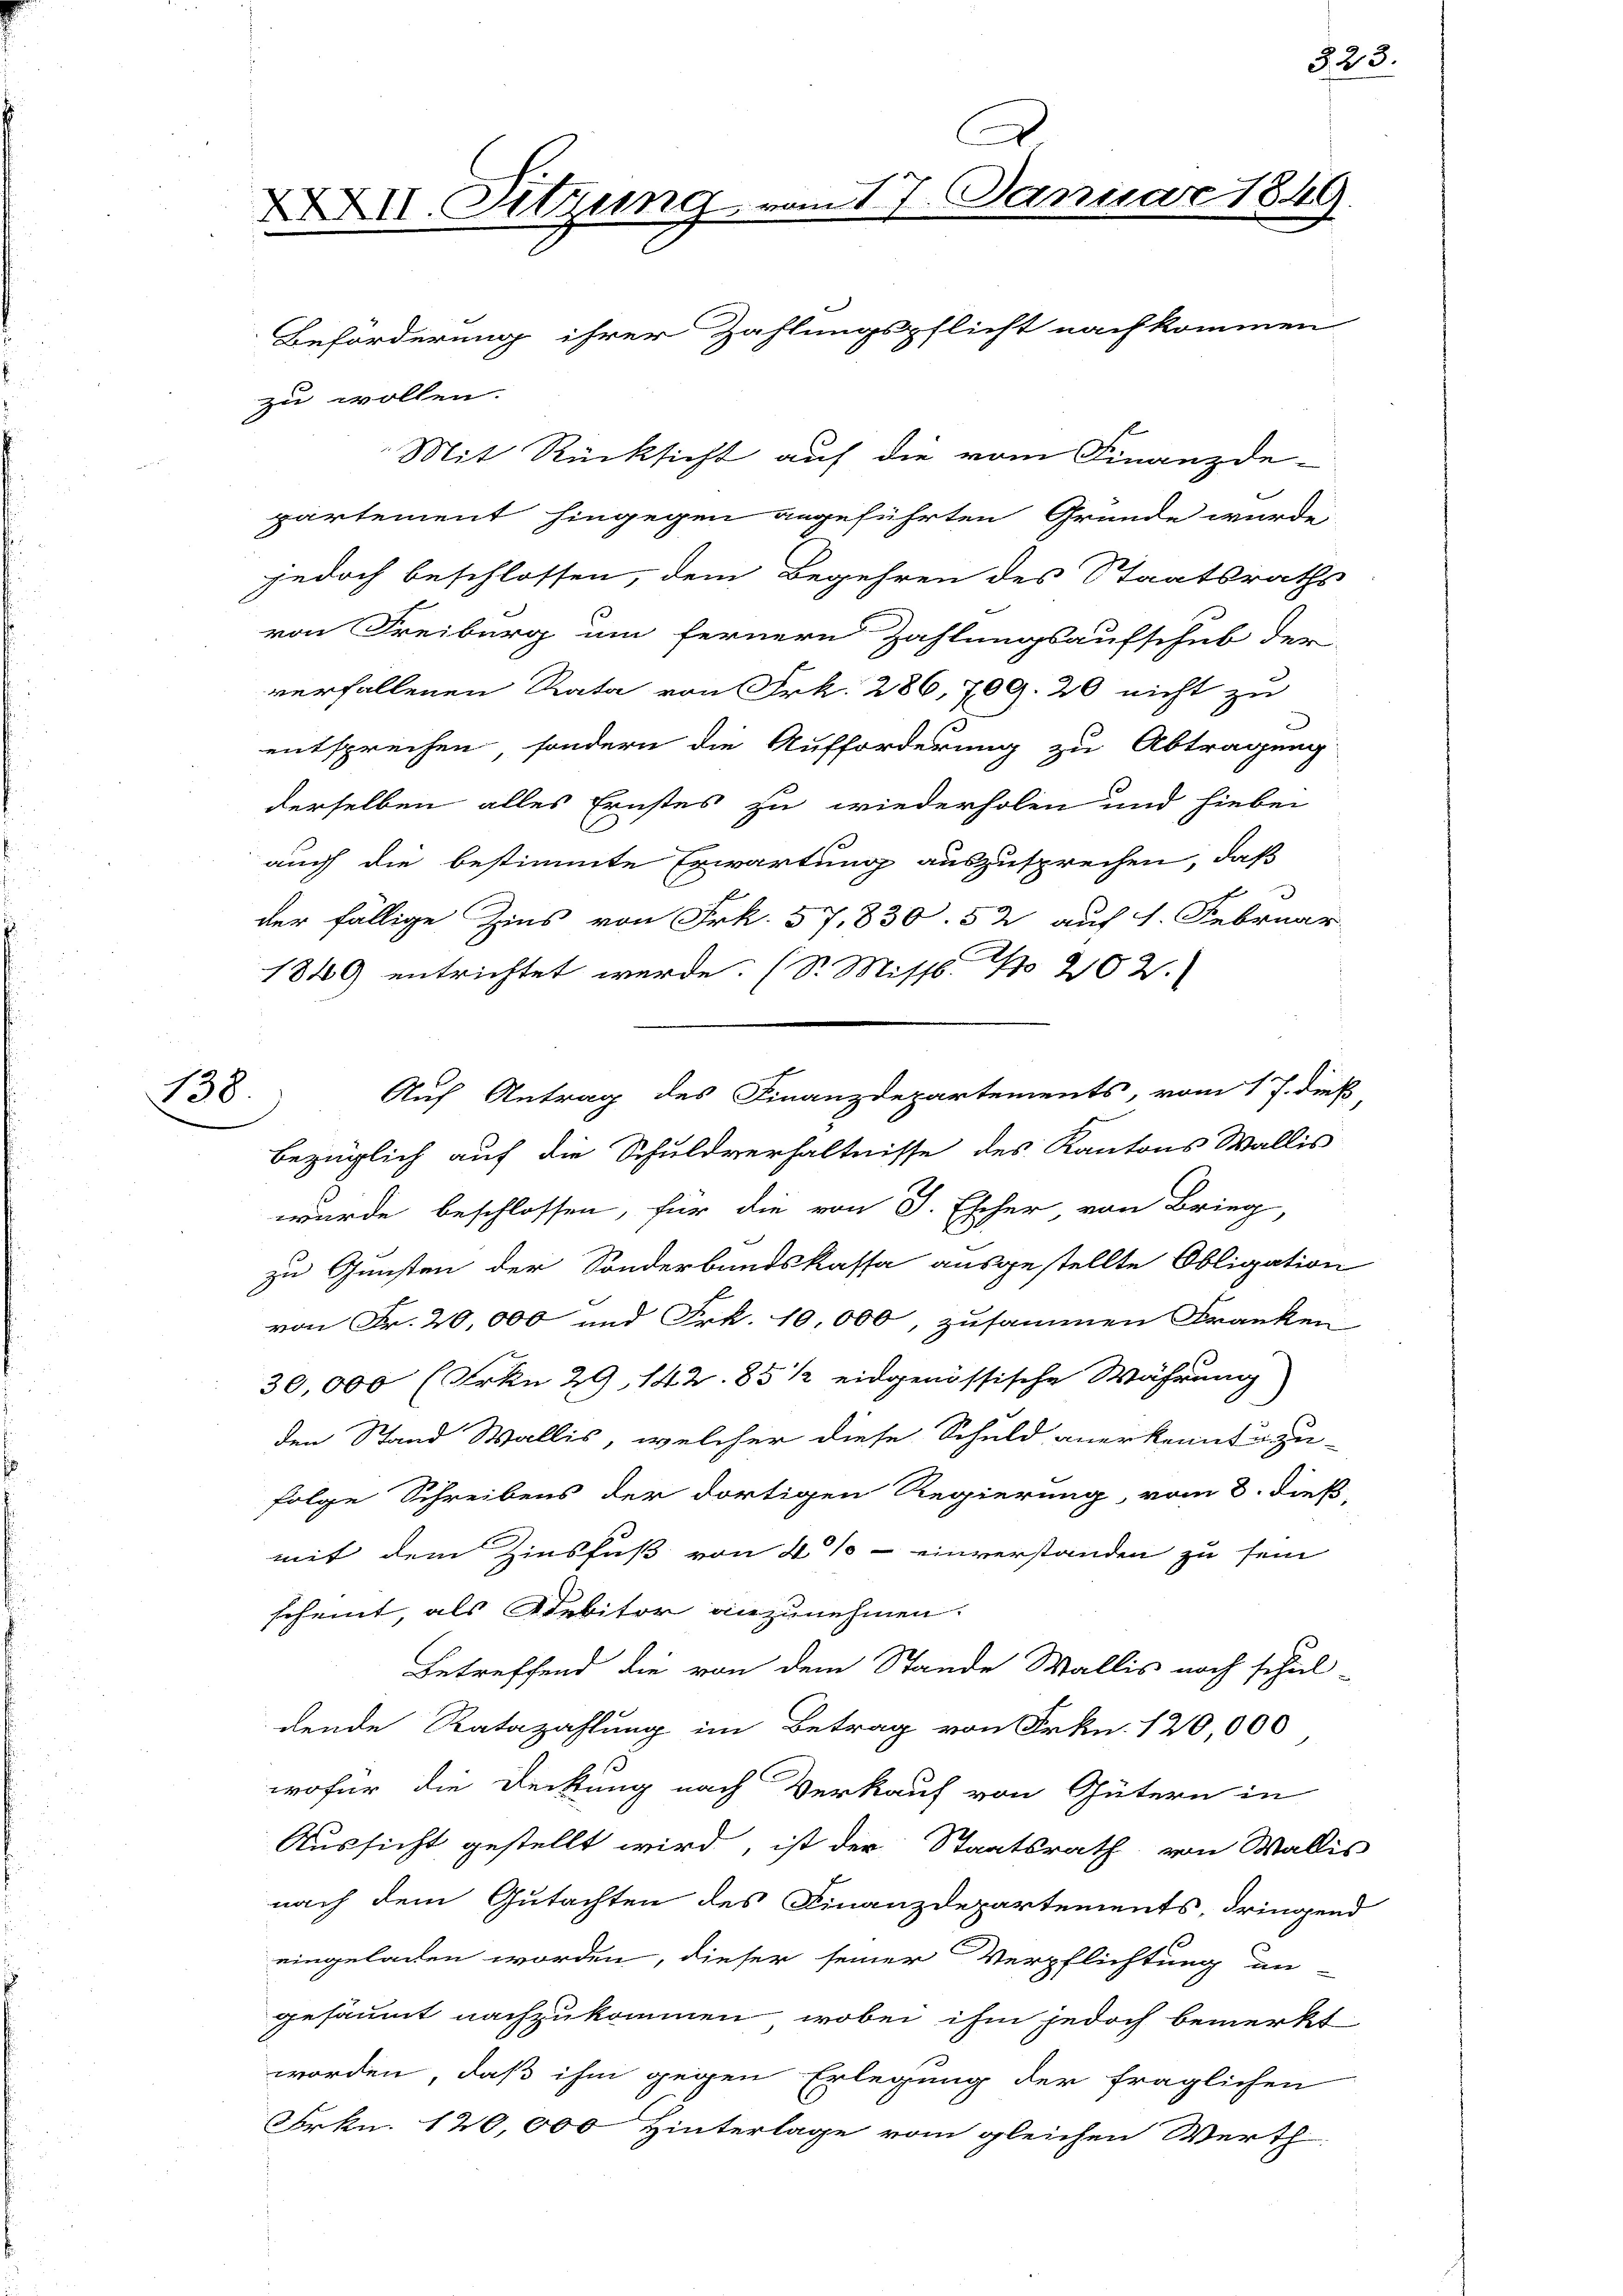
138

partement hingegen angeführten Gründe wurde
jedoch beschlossen, dem Begehren des Staatsraths
von Freiburg um fernern Zahlungsaufschub der
verfallenen Rata von Frk. 286, 709. 20 nicht zu
entsprechen, sondern die Aufforderung zu Abtragung
derselben alles Ernstes zu wiederholen und hiebei
auch die bestimmte Erwartung auszusprechen, daß
der fällige Zins von Frk. 57. 830. 52 auf 1. Februar
1849 entrichtet werde. (S. Misst. No 202.
bezüglich auf die Schuldverhältnisse des Kantons Wallis
wurde beschlossen, für die von J. Escher von Brieg,
zu Gunsten der Sonderbandskassa ausgestellte Obligation
von Fr. 20,000 und Frk. 10,000, zusammen Franken
30,000 (Frkn. 29, 142. 85 1/2 eidgenössische Währung
den Stand Wallis, welcher diese Schuld anerkennt u. zu-
folge Schreibens der dortigen Regierung, vom 8. dies
mit dem Zinsfuß von 4 % - einverstanden zu sein
scheint, als Debitor anzunehmen.
Betreffend die von dem Stande Wallis noch schul-
dende Ratazahlung im Betrag von Frkn. 120,000
wofür die Deckung nach Verkauf von Gütern in
Aussicht gestellt wird, ist der Staatsrath von Wallis
nach dem Gutachten des Finanzdepartements, dringend
eingeladen worden, dieser seiner Verpflichtung un-
gesäumt nachzukommen, wobei ihm jedoch bemerkt
worden, daß ihm gegen Erlegung der fraglichen
Frkn. 120,000 Hinterlage vom gleichen Werth

zu wollen.

XXXII Sitzung

Beförderung ihrer Zahlungspflicht nachkommen
Mit Rücksicht auf die vom Finanzde-

Auf Antrag des Finanzdepartements, vom 17. die

vom 17. Januar 1849.

323.

8.

.
e
2

v